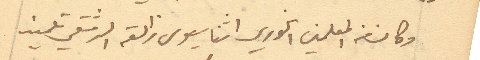
وكان المعلمين الخوري اثناسيوس زالقه الدمشقي تلميذ